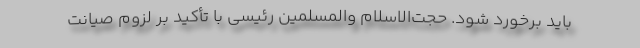
باید برخورد شود. حجت‌الاسلام والمسلمین رئیسی با تأکید بر لزوم صیانت